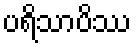
ပရိသာပိဿ